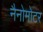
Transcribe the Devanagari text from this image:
नैनोमोटर